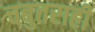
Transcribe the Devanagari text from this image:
चबुतराही